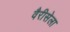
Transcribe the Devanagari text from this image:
वैरीसेला